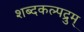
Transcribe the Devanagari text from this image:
शब्दकल्पद्रुम्